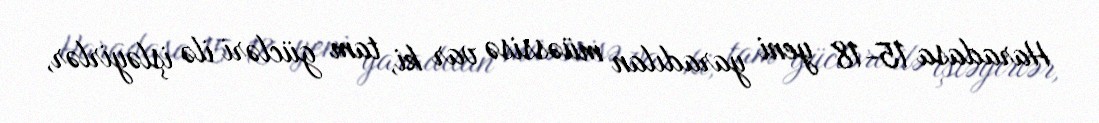
Haradasa 15-18 yeni yaradılan müəssisə var ki, tam gücləri ilə işləyirlər,